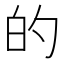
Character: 的